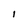
Character: I